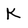
Character: K